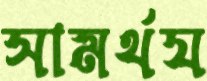
সামর্থয